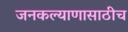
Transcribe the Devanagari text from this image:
जनकल्याणासाठीच